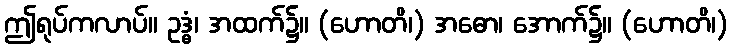
ဤရုပ်ကလာပ်။ ဥဒ္ဓံ၊ အထက်၌။ (ဟောတိ၊) အဓော၊ အောက်၌။ (ဟောတိ၊)